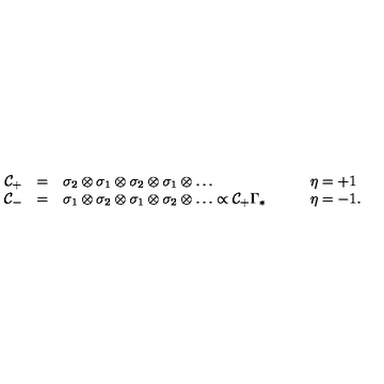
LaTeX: \begin{array} { r c l l } { { \cal C } _ { + } } & { = } & { \sigma _ { 2 } \otimes \sigma _ { 1 } \otimes \sigma _ { 2 } \otimes \sigma _ { 1 } \otimes \ldots \qquad } & { \eta = + 1 \nonumber } \\ { { \cal C } _ { - } } & { = } & { \sigma _ { 1 } \otimes \sigma _ { 2 } \otimes \sigma _ { 1 } \otimes \sigma _ { 2 } \otimes \ldots \propto { \cal C } _ { + } \Gamma _ { * } \qquad } & { \eta = - 1 . } \\ \end{array}